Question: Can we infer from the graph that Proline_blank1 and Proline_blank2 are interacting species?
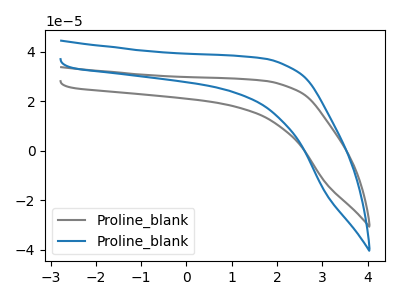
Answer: <think>The gray curve "Proline_blank1" has no peaks. The blue curve "Proline_blank2" has no peaks.
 Neither "Proline_blank1" or "Proline_blank2" have any peaks.</think>
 <answer>No, "Proline_blank1" and "Proline_blank2" don't appear to be significantly different in shape</answer>
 <eval>no_change</eval>